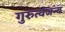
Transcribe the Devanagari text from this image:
गुरुत्वजन्य